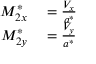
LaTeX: \begin{array} { r l } { M _ { 2 x } ^ { * } } & { { } = { \frac { V _ { x } } { a ^ { * } } } } \\ { M _ { 2 y } ^ { * } } & { { } = { \frac { V _ { y } } { a ^ { * } } } } \end{array}